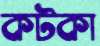
কটকা